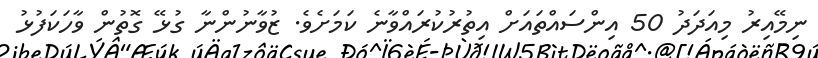
ނިމޭއިރު މިއަދަދު 50 އިންސައްތައަށް އިތުރުކުރައްވާނެ ކަމަށެވެ. ޒުވާނުންނާ ގުޅޭ ގޮތުން ވާހަކަފުޅު